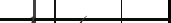
٢١